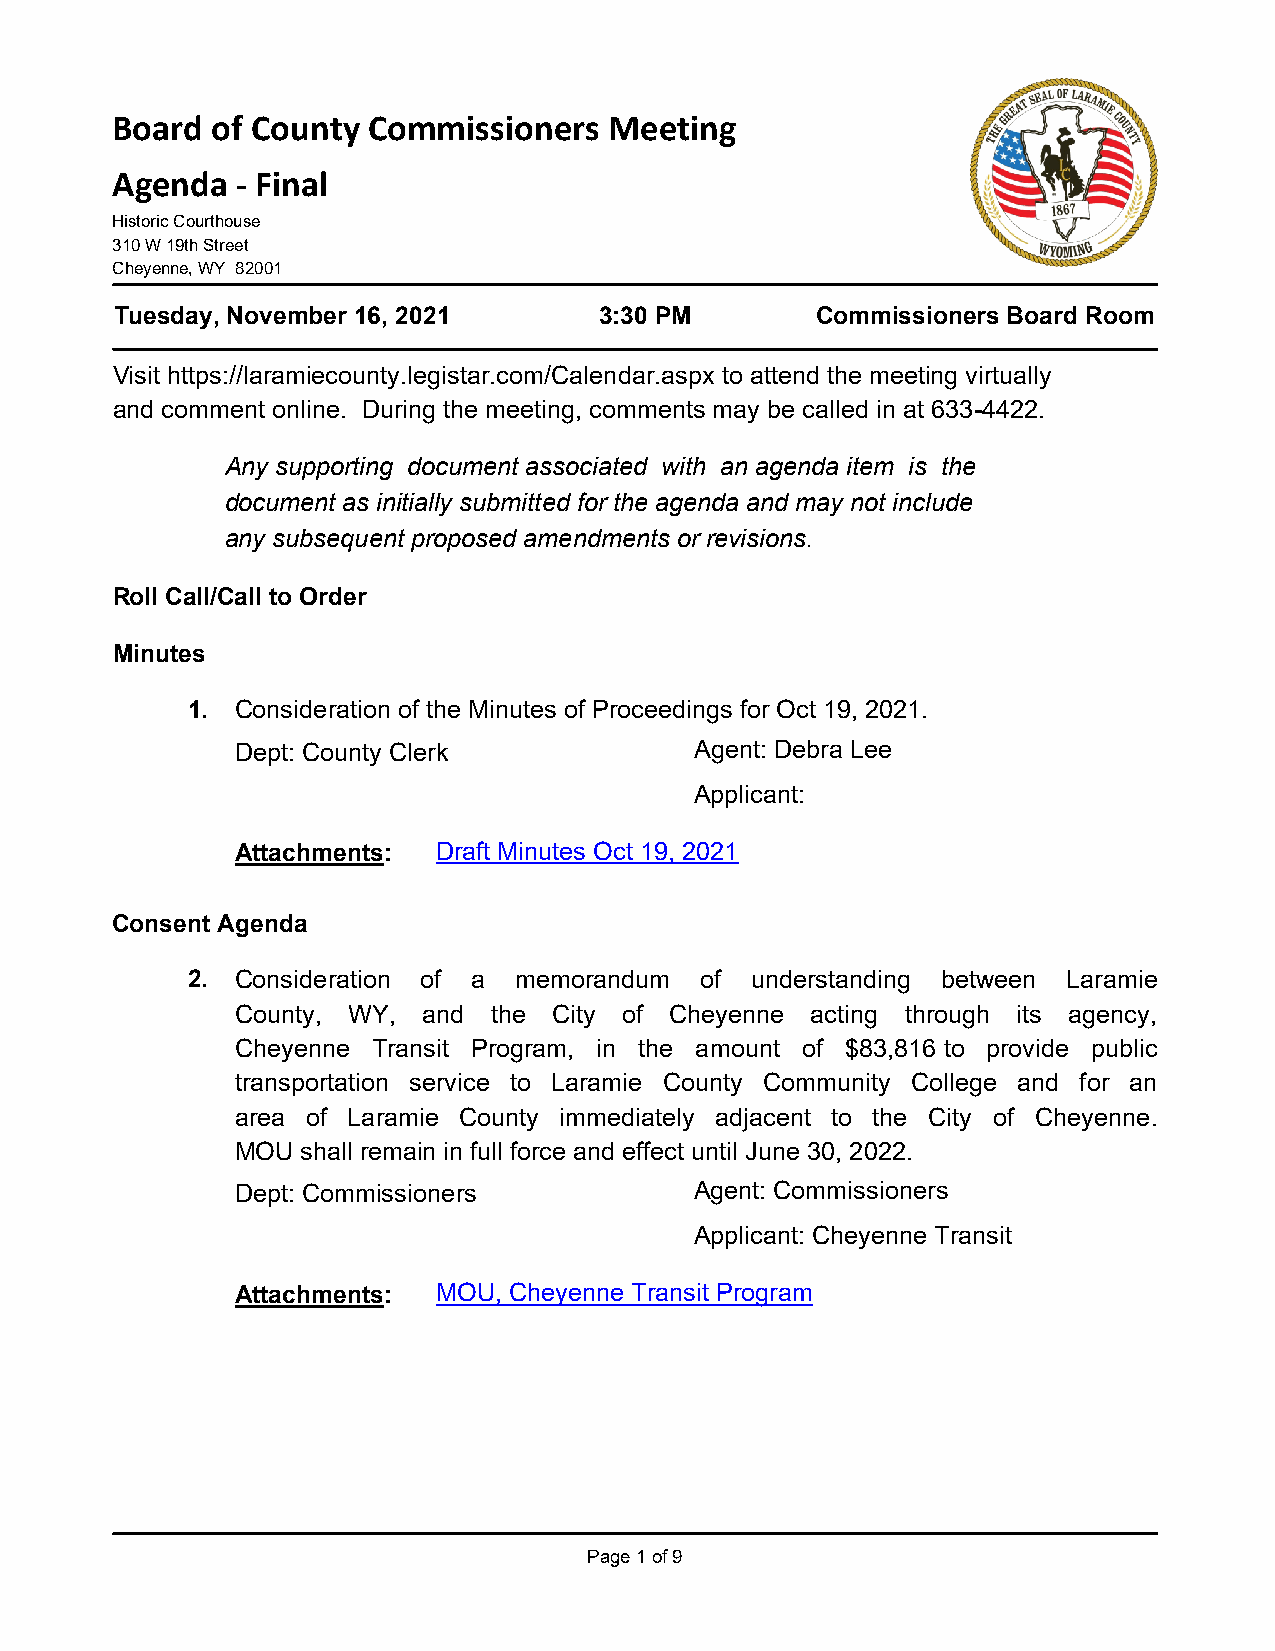
Board  of County Commissioners   Meeting
 Agenda   - Final
 Historic Courthouse
 310 W 19th Street
 Cheyenne, WY 82001
 Tuesday, November 16, 2021      3:30 PM       Commissioners Board Room
 Visit https://laramiecounty.legistar.com/Calendar.aspx to attend the meeting virtually
 and comment online. During the meeting, comments may be called in at 633-4422.
 Any supporting document associated with an agenda item is the
 document as initially submitted for the agenda and may not include
 any subsequent proposed amendments or revisions.
 Roll Call/Call to Order
 Minutes
 1.  Consideration of the Minutes of Proceedings for Oct 19, 2021.
 Dept: County Clerk            Agent: Debra Lee
 Applicant:
 Attachments: Draft Minutes Oct 19, 2021
 Consent Agenda
 2.  Consideration of a memorandum of  understanding between Laramie
 County, WY, and the  City of Cheyenne acting through its agency,
 Cheyenne Transit Program, in the amount of $83,816 to provide public
 transportation service to Laramie County Community College and for an
 area of Laramie County immediately adjacent to the City of Cheyenne.
 MOU shall remain in full force and effect until June 30, 2022.
 Dept: Commissioners           Agent: Commissioners
 Applicant: Cheyenne Transit
 Attachments: MOU, Cheyenne Transit Program
 Page 1 of 9